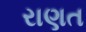
રાણત